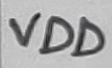
Text: VDD